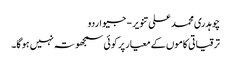
چوہدری محمد علی تنویر - جیو اردو
ترقیاتی کاموں کے معیار پر کوئی سمجھوتہ نہیں ہو گا۔